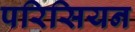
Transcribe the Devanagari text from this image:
परिसियन